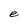
Character: e